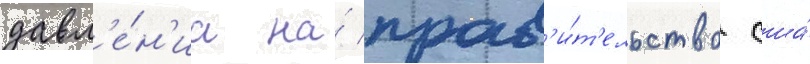
давл'е́н'иа на́ прав'и́т'ельство сша́